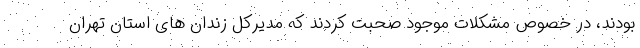
بودند، در خصوص مشکلات موجود صحبت کردند که مدیرکل زندان های استان تهران